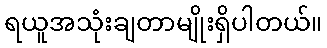
ရယူအသုံးချတာမျိုးရှိပါတယ်။